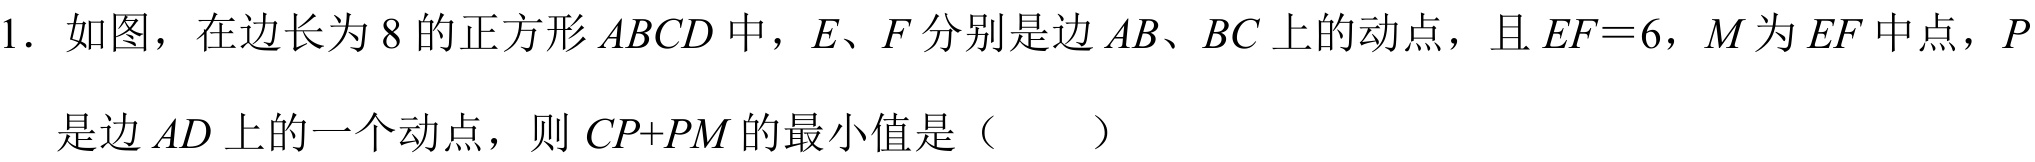
1. 如图，在边长为 \(8\) 的正方形 \(ABCD\) 中，\(E\)、\(F\) 分别是边 \(AB\)、\(BC\) 上的动点，且 \(EF = 6\)，\(M\) 为 \(EF\) 中点，\(P\)是边 \(AD\) 上的一个动点，则 \(CP + PM\) 的最小值是（  ）